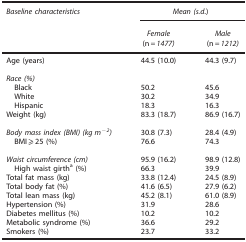
| Baseline characteristics | <COLSPAN=2> Mean (s.d.) |
 |  | Female | Male |
 |  | (n=1477) | (n=1212) |
 | --- | --- | --- |
 | Age (years) | 44.5 (10.0) | 44.3 (9.7) |
 |  |  |  |
 | <COLSPAN=3> Race (%) |
 | Black | 50.2 | 45.6 |
 | White | 30.2 | 34.9 |
 | Hispanic | 18.3 | 16.3 |
 | Weight (kg) | 83.3 (18.7) | 86.9 (16.7) |
 |  |  |  |
 | Body mass index (BMI) (kg m−2) | 30.8 (7.3) | 28.4 (4.9) |
 | BMI⩾25 (%) | 76.6 | 74.3 |
 |  |  |  |
 | Waist circumference (cm) | 95.9 (16.2) | 98.9 (12.8) |
 | High waist girtha (%) | 66.3 | 39.9 |
 | Total fat mass (kg) | 33.8 (12.4) | 24.5 (8.9) |
 | Total body fat (%) | 41.6 (6.5) | 27.9 (6.2) |
 | Total lean mass (kg) | 45.2 (8.1) | 61.0 (8.9) |
 | Hypertension (%) | 31.9 | 28.6 |
 | Diabetes mellitus (%) | 10.2 | 10.2 |
 | Metabolic syndrome (%) | 36.6 | 29.2 |
 | Smokers (%) | 23.7 | 33.2 |